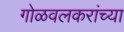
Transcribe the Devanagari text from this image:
गोळवलकरांच्या